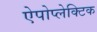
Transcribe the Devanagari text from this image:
ऐपोप्लेक्टिक